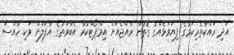
އަދި ރައްކާތެރިކަމުގެ ފިޔަވަޅެއްގެ ގޮތުން ރާއްޖެއަށް އިމްޕޯޓްކުރާ އެބާވަތުގެ އާފަލަށް ވަކި ހާއްސަ